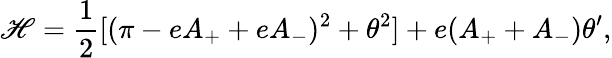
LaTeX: {\cal\mathscr{H}}={\frac{{1}}{{2}}}[(\pi-eA_{+}+eA_{-})^{2}+\theta^{2}]+e(A_{+}+A_{-})\theta^{\prime},